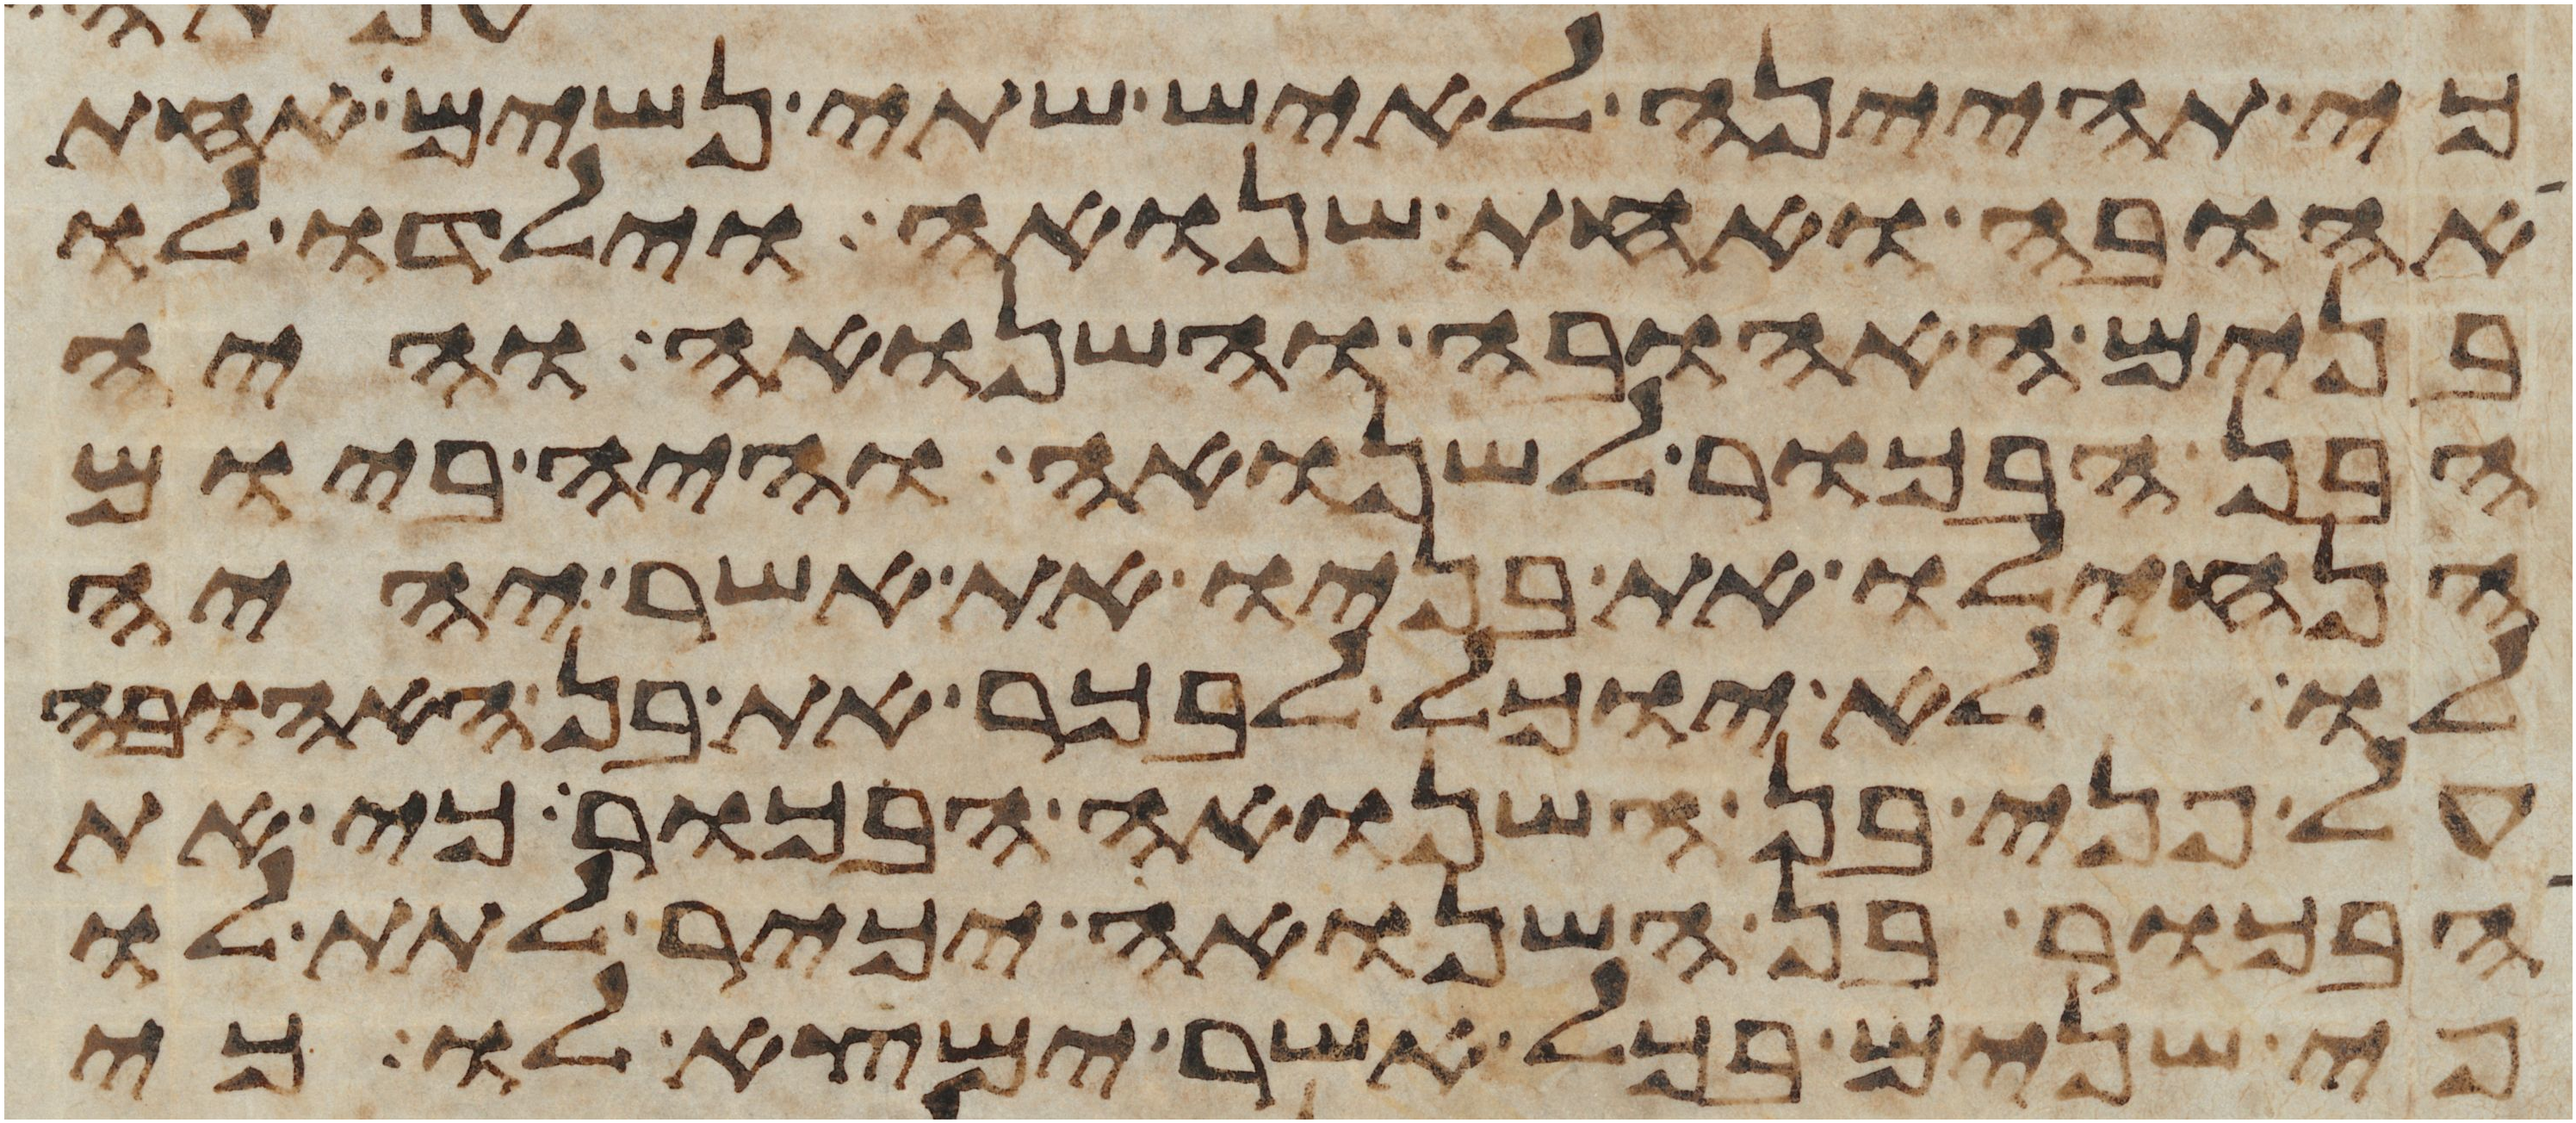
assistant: כי תהיינה לאיש שתי נשים אחת
אהובה ואחת שנואה וילדו לו
בנים האהובה והשנואה והיה
הבן הבכור לשנואה והיה ביום
הנחילו את בניו את אשר יהיה
לו לא יוכל לבכר את בן האהובה
על פני בן השנואה הבכור כי את
הבכור בן השנואה יכיר לתת לו
פי שנים בכל אשר ימצא לו כי